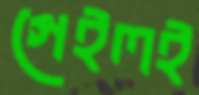
গেইলই